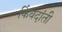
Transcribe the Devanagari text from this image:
किंवदांती